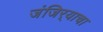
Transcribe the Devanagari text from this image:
जंजिर्‍याचा